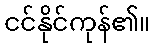
ငင်နိုင်ကုန်၏။